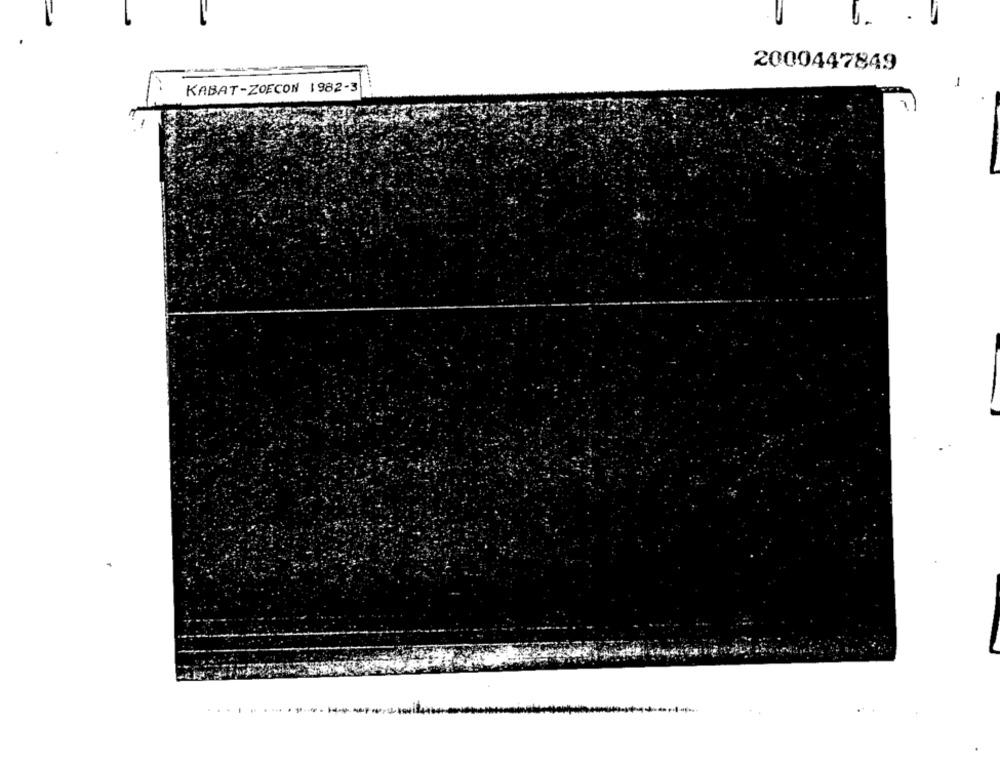
2000447849
-
KABAT-ZOECON 1982-3
..